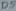
Text: D5